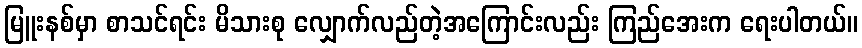
မြူးနစ်မှာ စာသင်ရင်း မိသားစု လျှောက်လည်တဲ့အကြောင်းလည်း ကြည်အေးက ရေးပါတယ်။